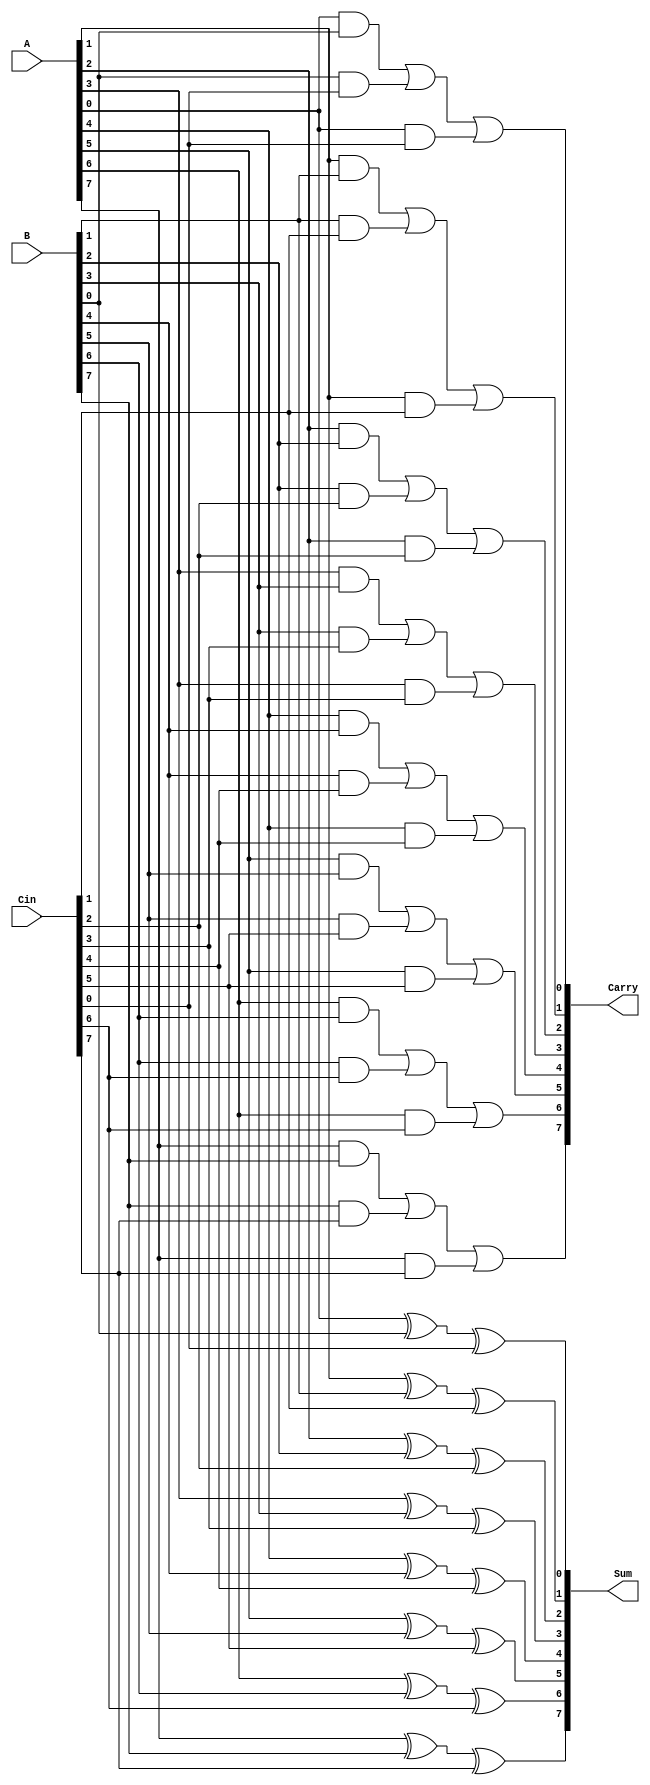
module CarrySaveAdder #(parameter n = 8) (
    input  [n-1:0] A,      // First input
    input  [n-1:0] B,      // Second input
    input  [n-1:0] Cin,    // Carry-in input
    output [n-1:0] Sum,     // Sum output
    output [n-1:0] Carry    // Carry output
);

    // Generate Sum and Carry outputs
    genvar i;
    generate
        for (i = 0; i < n; i = i + 1) begin : CSA
            // Sum calculation using XOR
            assign Sum[i] = A[i] ^ B[i] ^ Cin[i];

            // Carry calculation using majority function
            assign Carry[i] = (A[i] & B[i]) | (B[i] & Cin[i]) | (A[i] & Cin[i]);
        end
    endgenerate

endmodule